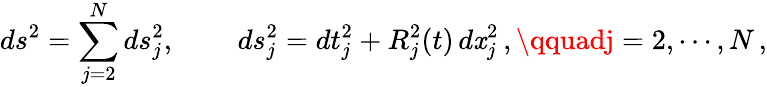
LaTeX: ds^{2}=\sum_{j=2}^{N}ds_{j}^{2},\quad\quad\, ds_{j}^{2}=dt_{j}^{2}+R_{j}^{2}(t)\, d\mathit{x}_{j}^{2}\, ,\qquadj=2,\cdots,N\, ,